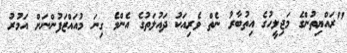
"ރައްޔިތުންގެ މަޖިލީހުގެ އިތުބާރު ނެތް ވެރިއަކު ދައުލަތުގެ އެންމެ ގިނަ މުއައްޒަފުންނަށް އަމުރު